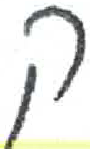
אות: ק